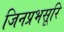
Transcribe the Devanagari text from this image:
जिनप्रभसूरि